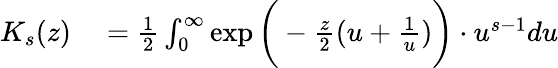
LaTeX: \begin{array}{rl}{K_{s}(z)}&{{}={\frac{1}{2}}\int_{0}^{\infty}\exp{\biggl(}-{\frac{z}{2}}(u+{\frac{1}{u}}){\biggr)}\cdot u^{s-1}du}\end{array}